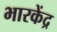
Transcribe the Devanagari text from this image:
भारकेंद्र